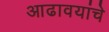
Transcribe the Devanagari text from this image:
आढावयांचे